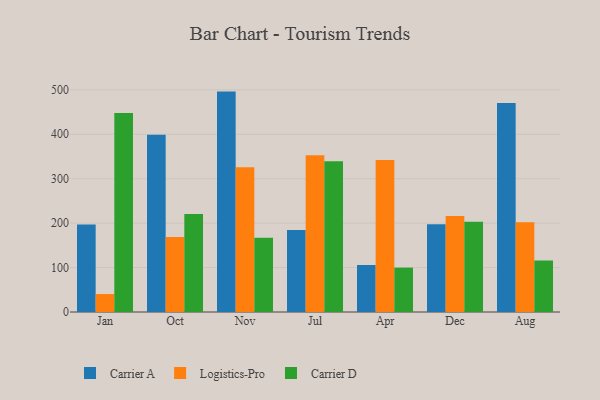
{"axis": {"x": "Month", "y": "Backlog"}, "legend": ["Carrier A", "Carrier D", "Logistics-Pro"], "data": [{"x": "Jan", "y": 196.8, "type": "Carrier A"}, {"x": "Jan", "y": 40.4, "type": "Logistics-Pro"}, {"x": "Jan", "y": 447.8, "type": "Carrier D"}, {"x": "Oct", "y": 399.0, "type": "Carrier A"}, {"x": "Oct", "y": 168.6, "type": "Logistics-Pro"}, {"x": "Oct", "y": 220.8, "type": "Carrier D"}, {"x": "Nov", "y": 496.0, "type": "Carrier A"}, {"x": "Nov", "y": 325.6, "type": "Logistics-Pro"}, {"x": "Nov", "y": 167.1, "type": "Carrier D"}, {"x": "Jul", "y": 184.4, "type": "Carrier A"}, {"x": "Jul", "y": 353.0, "type": "Logistics-Pro"}, {"x": "Jul", "y": 339.0, "type": "Carrier D"}, {"x": "Apr", "y": 105.8, "type": "Carrier A"}, {"x": "Apr", "y": 341.9, "type": "Logistics-Pro"}, {"x": "Apr", "y": 99.9, "type": "Carrier D"}, {"x": "Dec", "y": 197.6, "type": "Carrier A"}, {"x": "Dec", "y": 215.8, "type": "Logistics-Pro"}, {"x": "Dec", "y": 203.1, "type": "Carrier D"}, {"x": "Aug", "y": 470.4, "type": "Carrier A"}, {"x": "Aug", "y": 201.9, "type": "Logistics-Pro"}, {"x": "Aug", "y": 115.9, "type": "Carrier D"}]}